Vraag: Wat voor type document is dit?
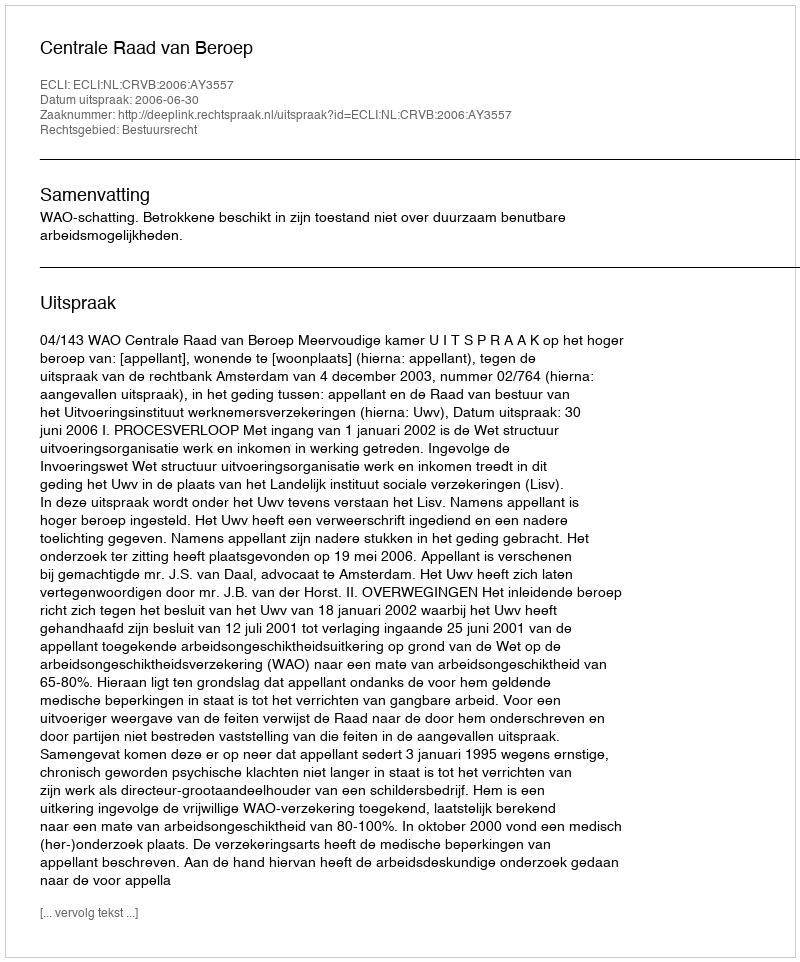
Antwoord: Uitspraak